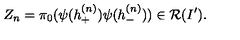
Z _ { n } = \pi _ { 0 } ( \psi ( h _ { + } ^ { ( n ) } ) \psi ( h _ { - } ^ { ( n ) } ) ) \in { \cal R } ( I ^ { \prime } ) .